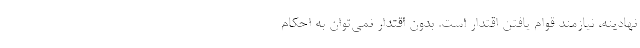
نهادینه، نیازمند قوام‌ یافتن اقتدار است. بدون اقتدار نمی‌توان به احکام